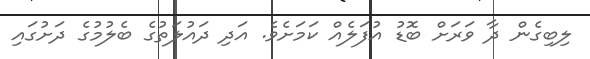
ލިބިގެން ދާ ވަރަށް ބޮޑު އުފަލެއް ކަމަށެވެ. އަދި ދައުލަތުގެ ބެލުމުގެ ދަށުގައި